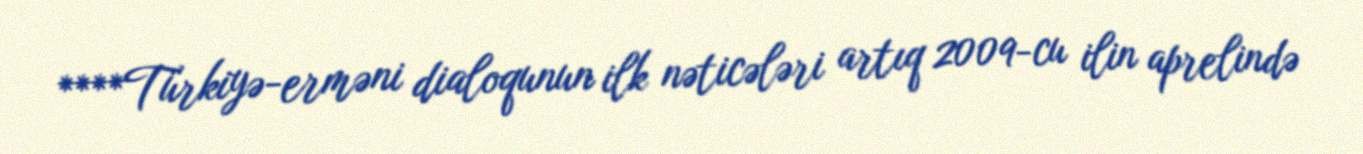
****Türkiyə-erməni dialoqunun ilk nəticələri artıq 2009-cu ilin aprelində